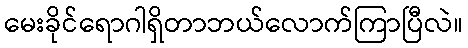
မေးခိုင်ရောဂါရှိတာဘယ်လောက်ကြာပြီလဲ။